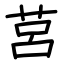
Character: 莒